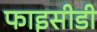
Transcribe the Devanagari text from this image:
फाइसीडी